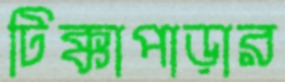
টিক্কাপাড়ার